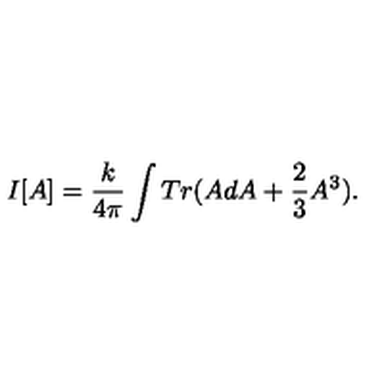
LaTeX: I [ A ] = \frac { k } { 4 \pi } \int T r ( A d A + \frac { 2 } { 3 } A ^ { 3 } ) .